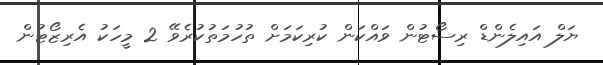
ޔަލް އައިލެންޑް ރިސޯޓުން ވައްކަން ކުރިކަމަށް ތުހުމަތުކުރެވޭ 2 މީހަކު އެރިޒޯޓުން